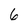
Character: 6